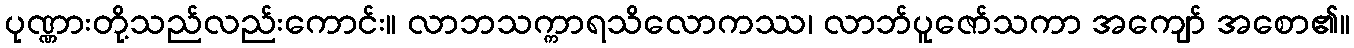
ပုဏ္ဏားတို့သည်လည်းကောင်း။ လာဘသက္ကာရသိလောကဿ၊ လာဘ်ပူဇော်သကာ အကျော် အစော၏။